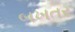
બખતર